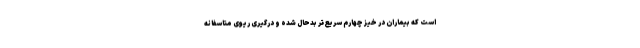
است که بیماران در خیز چهارم سریع‌تر بدحال شده و درگیری ریوی متاسفانه